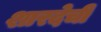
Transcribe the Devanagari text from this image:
शारदेची